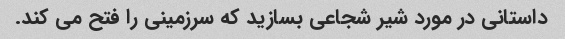
داستانی در مورد شیر شجاعی بسازید که سرزمینی را فتح می کند.